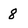
Character: 8